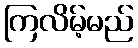
ကြလိမ့်မည်